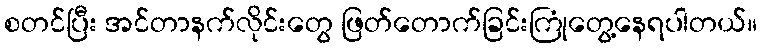
စတင်ပြီး အင်တာနက်လိုင်းတွေ ဖြတ်တောက်ခြင်းကြုံတွေ့နေရပါတယ်။